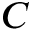
C